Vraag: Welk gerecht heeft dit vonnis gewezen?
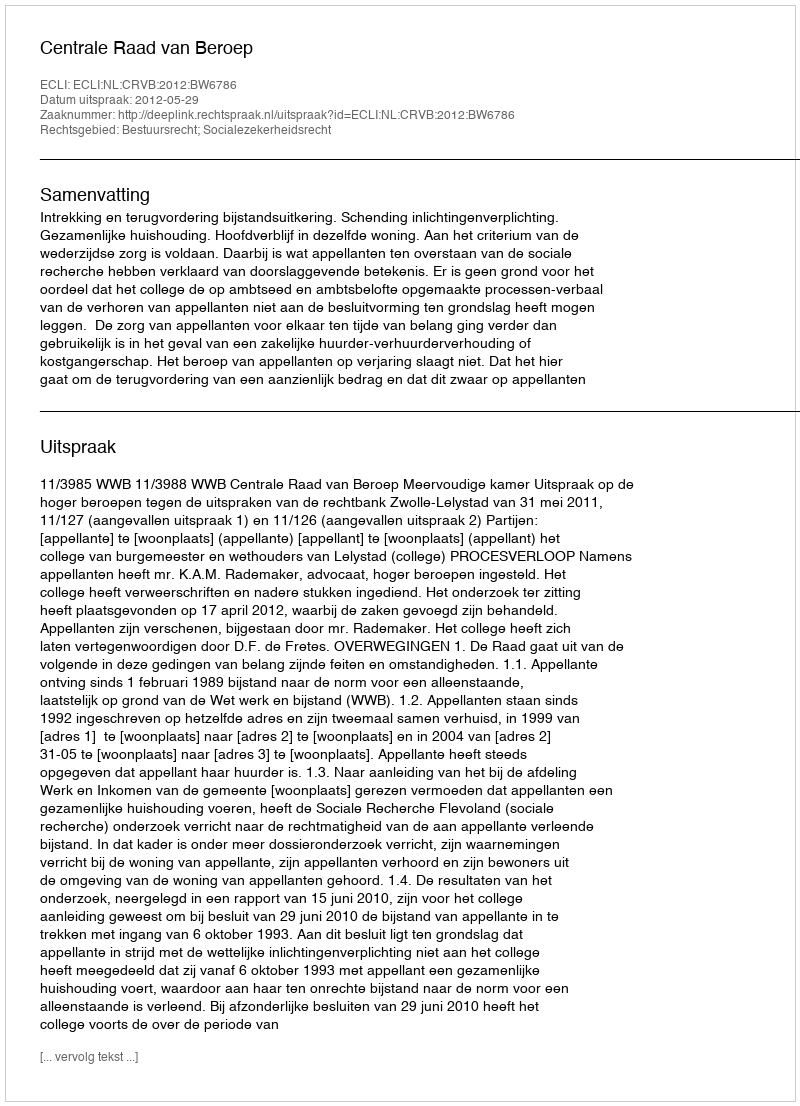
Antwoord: Centrale Raad van Beroep